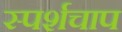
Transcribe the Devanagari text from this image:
स्पर्शचाप